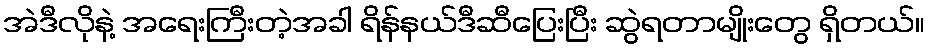
အဲဒီလိုနဲ့ အရေးကြီးတဲ့အခါ ရိန်နယ်ဒီဆီပြေးပြီး ဆွဲရတာမျိုးတွေ ရှိတယ်။